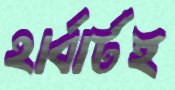
হার্বার্টই